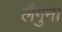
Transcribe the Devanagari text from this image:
लैगुना